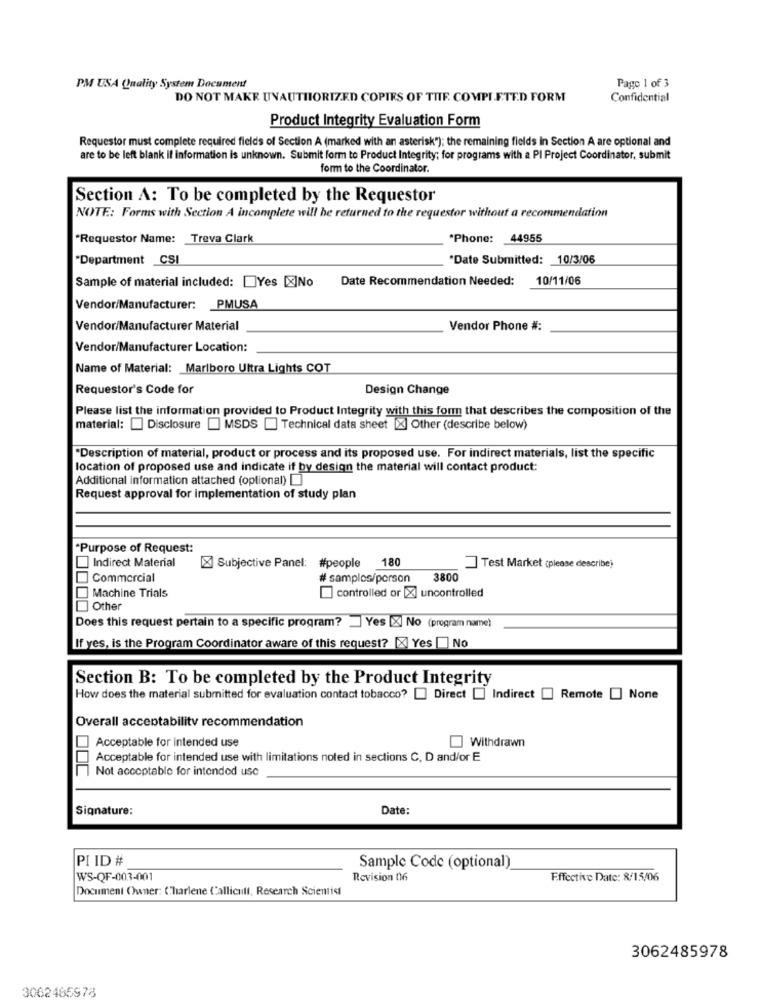
PM USA Quality System Document
Page 1 of 3
DO NOT MAKE UNAUTHORIZED COPIES OF THE COMPLETE.D FORM
Confidential
Product Integrity Evaluation Form
Requestor must complete required fields of Section A (marked with an asterisk"); the remaining fields in Section A are optional and
are to be left blank if information is unknown. Submit form to Product Integrity; for programs with a PI Project Coordinator, submit
form to the Coordinator.
Section A: To be completed by the Requestor
NOTE: Forms with Section A incomplete will be returned to the requestor without a recommendation
*Requestor Name: Treva Clark
*Phone: 44955
"Department CSI
*Date Submitted: 10/3/06
Sample of material included: Yes [X]No
Date Recommendation Needed: 10/11/06
Vendor/Manufacturer: PMUSA
Vendor/Manufacturer Material
Vendor Phone #:
Vendor/Manufacturer Location:
Name of Material: Marlboro Ultra Lights COT
Requestor's Code for
Design Change
Please list the information provided to Product Integrity with this form that describes the composition of the
material: [ Disclosure [ MSDS [ Technical data sheet [X] Other (describe below)
"Description of material, product or process and its proposed use. For indirect materials, list the specific
location of proposed use and indicate it by design the material will contact product:
Additional information attached (optional)
Request approval for implementation of study plan
"Purpose of Request:
Indirect Material
X Subjective Panel:
#people 180
Test Market (please describe)
Commercial
# samples/porson
3800
Machine Trials
controlled or [X] uncontrolled
Other
Does this request pertain to a specific program? Yes [X] No (program name)
If yes, is the Program Coordinator aware of this request? [X] Yes [ ] No
Section B: To be completed by the Product Integrity
How does the material submitted for evaluation contact tobacco? [ Direct [ Indirect [ Remote _ None
Overall acceptability recommendation
Acceptable for intended use
Withdrawn
Acceptable for intended use with limitations noted in sections C, D and/or E
Not acceptable for intended use
Signature:
Date:
PI ID #
Sample Code (optional)
WS-QF-003-001
Revision 06
Effective Date: 8/15/06
Document Owner: Charlene Callicull, Research Scientist
3062485978
3062465978